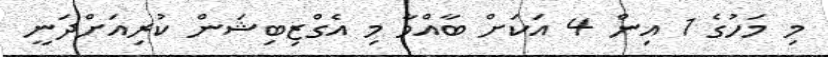
މި މަހުގެ 1 އިން 4 އަކަށް ބާއްވާ މި އެގްޒިބިޝަން ކުރިއަށްދަނީ